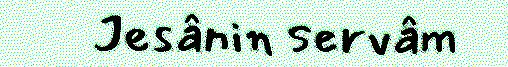
Jesânin servâm